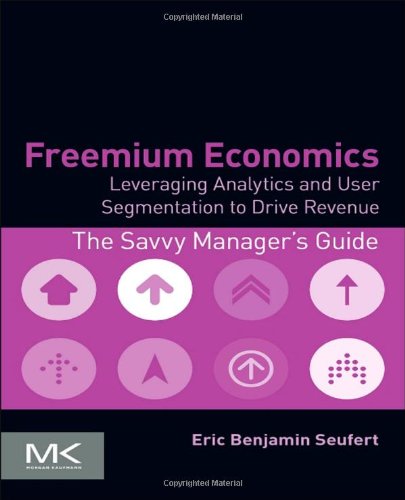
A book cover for Freemium Economics: Leveraging Analytics and User Segmentation to Drive Revenue (The Savvy Manager's Guides); Eric Benjamin Seufert; Computers & Technology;